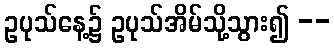
ဥပုသ်နေ့၌ ဥပုသ်အိမ်သို့သွား၍ --